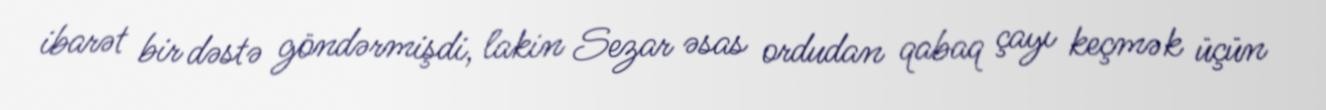
ibarət bir dəstə göndərmişdi, lakin Sezar əsas ordudan qabaq çayı keçmək üçün